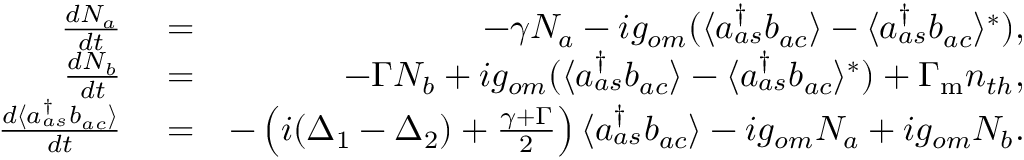
\begin{array} { r l r } { \frac { d N _ { a } } { d t } } & { { } = } & { - \gamma N _ { a } - i g _ { o m } ( \langle a _ { a s } ^ { \dagger } b _ { a c } \rangle - \langle a _ { a s } ^ { \dagger } b _ { a c } \rangle ^ { * } ) , } \\ { \frac { d N _ { b } } { d t } } & { { } = } & { - \Gamma N _ { b } + i g _ { o m } ( \langle a _ { a s } ^ { \dagger } b _ { a c } \rangle - \langle a _ { a s } ^ { \dagger } b _ { a c } \rangle ^ { * } ) + \Gamma _ { \mathrm { m } } n _ { t h } , } \\ { \frac { d \langle a _ { a s } ^ { \dagger } b _ { a c } \rangle } { d t } } & { { } = } & { - \left( i ( \Delta _ { 1 } - \Delta _ { 2 } ) + \frac { \gamma + \Gamma } { 2 } \right) \langle a _ { a s } ^ { \dagger } b _ { a c } \rangle - i g _ { o m } N _ { a } + i g _ { o m } N _ { b } . } \end{array}